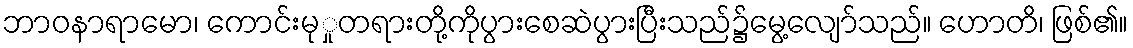
ဘာဝနာရာမော၊ ကောင်းမုှုတရားတို့ကိုပွားစေဆဲပွားပြီးသည်၌မွေ့လျော်သည်။ ဟောတိ၊ ဖြစ်၏။